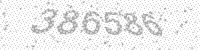
Solution: 386586